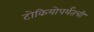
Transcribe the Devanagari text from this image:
टोकियोपर्यंतची